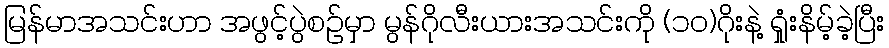
မြန်မာအသင်းဟာ အဖွင့်ပွဲစဉ်မှာ မွန်ဂိုလီးယားအသင်းကို (၁ဝ)ဂိုးနဲ့ ရှုံးနိမ့်ခဲ့ပြီး